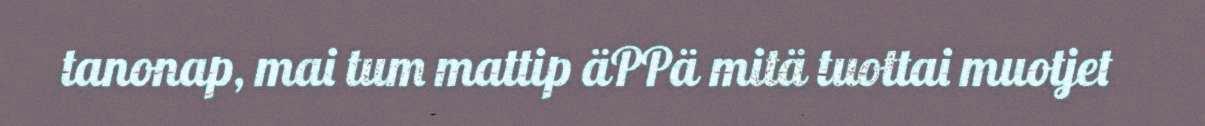
tanonap, mai tum mattip äPPä mitä tuottai muotjet